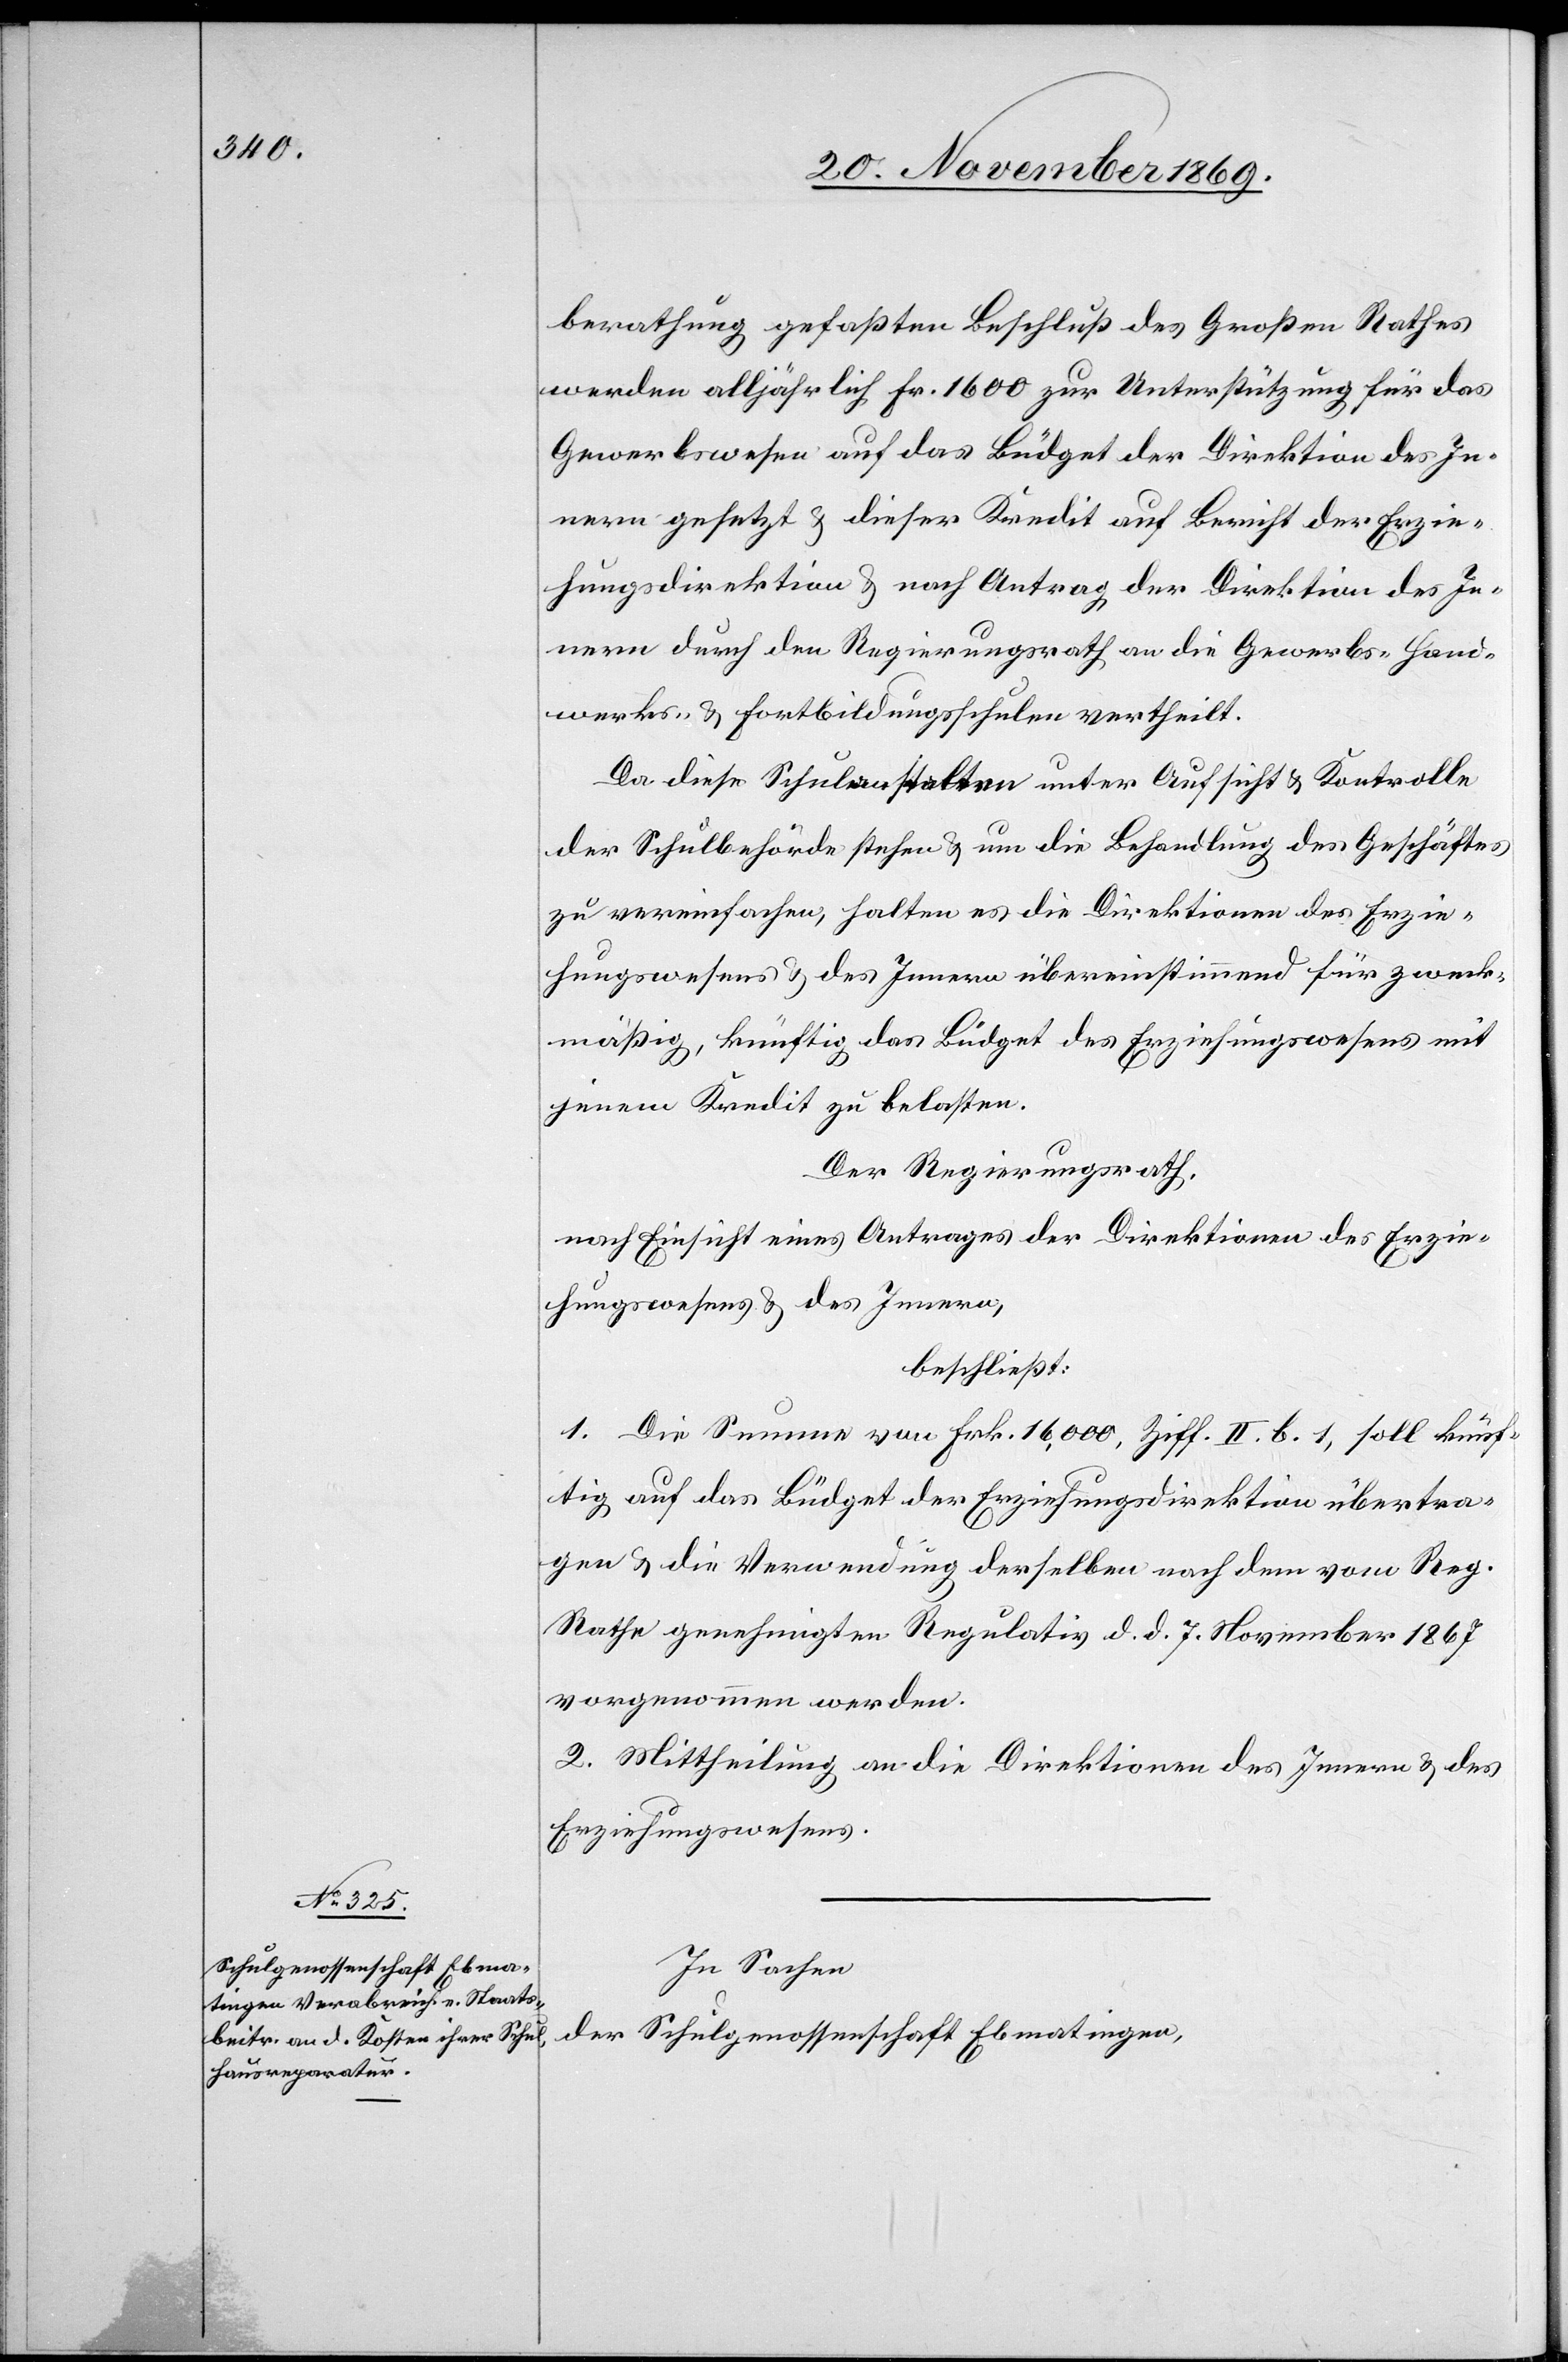
berathung gefaßten Beschluß des Großen Rathes
werden alljährlich Fr. 1600 zur Unterstützung für das
Gewerbswesen auf das Büdget der Direktion des In¬
nern gesetzt & dieser Kredit auf Bericht der Erzie¬
hungsdirektion & nach Antrag der Direktion des In¬
nern durch den Regierungsrath an die Gewerbs-[,] Hand¬
werks- & Fortbildungsschulen vertheilt.
Da diese Schulanstalten unter Aufsicht & Kontrolle
der Schulbehörde stehen & um die Behandlung des Geschäftes
zu vereinfachen, halten es die Direktionen des Erzie¬
hungswesens & des Innern übereinstimmend für zweck¬
mäßig, künftig das Büdget des Erziehungswesens mit
jenem Kredit zu belasten.
Der Regierungsrath,
nach Einsicht eines Antrages der Direktionen des Erzie¬
hungswesens & des Innern,
beschließt:
1. Die Summe von Frk. 16,000, Ziff. II. b. 1, soll künf¬
tig auf das Büdget der Erziehungsdirektion übertra¬
gen & die Verwendung derselben nach dem vom Reg.
Rathe genehmigten Regulativ d. d. 7. November 1867
vorgenommen werden.
2. Mittheilung an die Direktionen des Innern & des
Erziehungswesens.
In Sachen
der Schulgenossenschaft Ebmatingen,